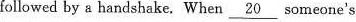
followed by a handshake. When \underline{20} someone's